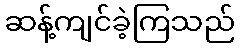
ဆန့်ကျင်ခဲ့ကြသည်